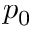
p _ { 0 }